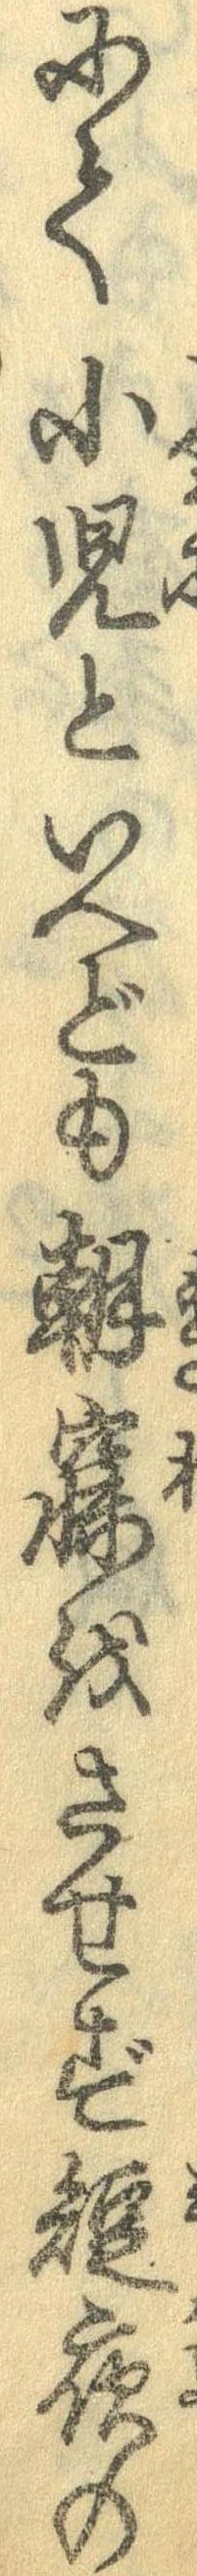
にて小児といへども朝寝をさせず短夜の